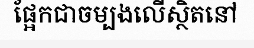
ផ្អែកជាចម្បងលើស្ថិតនៅ